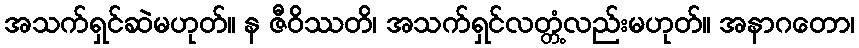
အသက်ရှင်ဆဲမဟုတ်။ န ဇီဝိဿတိ၊ အသက်ရှင်လတ္တံ့လည်းမဟုတ်။ အနာဂတော၊